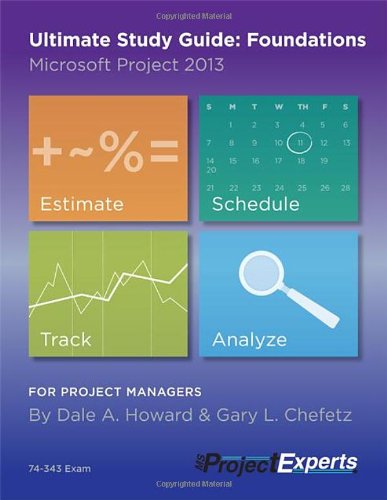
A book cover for Ultimate Study Guide: Foundations Microsoft Project 2013; Dale Howard; Computers & Technology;